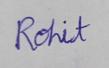
Signature authenticity: genuine